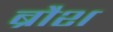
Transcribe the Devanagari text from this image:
ब्रौश